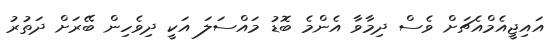
އައިޖީއެމްއެޗަށް ވެސް ދިމާވާ އެންމެ ބޮޑު މައްސަލަ އަކީ ދިވެހިން ބޭރަށް ދަތުރު